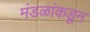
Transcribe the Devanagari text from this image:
मंडळांकडून